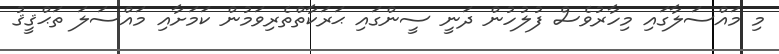
މި މައްސަލާގައި މިހާރުވެސް ފުލުހުން ދަނީ ސީންގައި ޙަރަކާތްތެރިވަމުން ކަމަށާއި މައްސަލަ ތަޙްޤީޤު